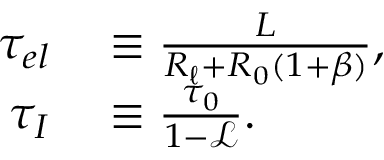
\begin{array} { r l } { \tau _ { e l } } & { { } \equiv \frac { L } { R _ { \ell } + R _ { 0 } ( 1 + \beta ) } , } \\ { \tau _ { I } } & { { } \equiv \frac { \tau _ { 0 } } { 1 - \mathscr { L } } . } \end{array}